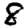
Digit: 8